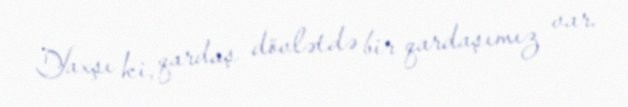
Yaxşı ki, qardaş dövlətdə bir qardaşımız var.